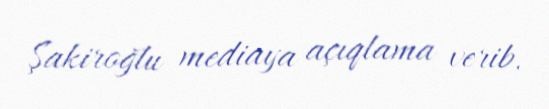
Şakiroğlu mediaya açıqlama verib.